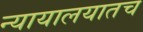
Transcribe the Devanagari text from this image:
न्यायालयातच